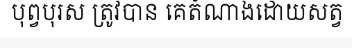
បុព្វបុរស ត្រូវបាន គេតំណាងដោយសត្វ